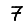
Digit: 7